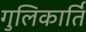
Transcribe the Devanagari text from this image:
गुलिकार्ति